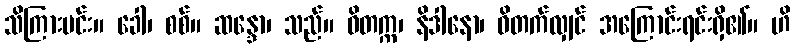
သိကြားမင်း။ ခေါ၊ စစ်။ ဆန္ဒော၊ သည်။ ဝိတက္က၊ နိဒါနော၊ ဝိတက်လျှင် အကြောင်းရင်းရှိ၏။ ဟိ